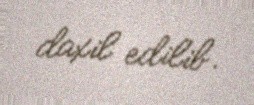
daxil edilib.